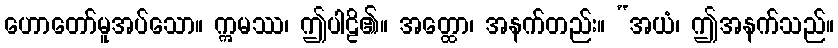
ဟောတော်မူအပ်သော။ ဣမဿ၊ ဤပါဠိ၏။ အတ္ထော၊ အနက်တည်း။ “အယံ၊ ဤအနက်သည်။